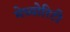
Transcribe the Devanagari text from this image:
मेच्योरिटी